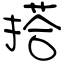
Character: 搭